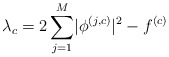
\begin{align*} \lambda_c=2\sum_{j=1}^{M}\lvert\phi^{\left(j,c\right)}\rvert^2-f^{\left(c\right)} \end{align*}